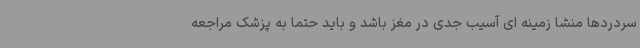
سردردها منشا زمینه ای آسیب جدی در مغز باشد و باید حتما به پزشک مراجعه